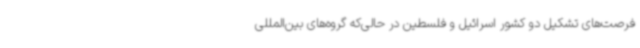
فرصت‌های تشکیل دو کشور اسرائیل و فلسطین در حالی‌که گروه‌های بین‌المللی